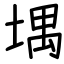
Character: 堣